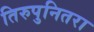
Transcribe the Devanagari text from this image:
तिरुपुनितरा